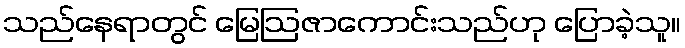
သည်နေရာတွင် မြေဩဇာကောင်းသည်ဟု ပြောခဲ့သူ။